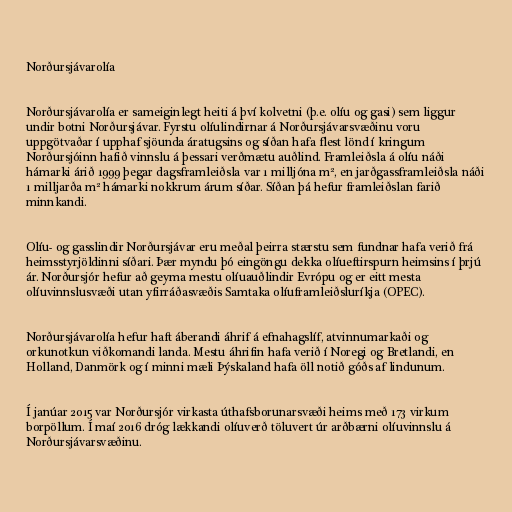
Norðursjávarolía

Norðursjávarolía er sameiginlegt heiti á því kolvetni (þ.e. olíu og gasi) sem liggur
undir botni Norðursjávar. Fyrstu olíulindirnar á Norðursjávarsvæðinu voru
uppgötvaðar í upphaf sjöunda áratugsins og síðan hafa flest lönd í kringum
Norðursjóinn hafið vinnslu á þessari verðmætu auðlind. Framleiðsla á olíu náði
hámarki árið 1999 þegar dagsframleiðsla var 1 milljóna m², en jarðgassframleiðsla náði
1 milljarða m² hámarki nokkrum árum síðar. Síðan þá hefur framleiðslan farið
minnkandi.

Olíu- og gasslindir Norðursjávar eru meðal þeirra stærstu sem fundnar hafa verið frá
heimsstyrjöldinni síðari. Þær myndu þó eingöngu dekka olíueftirspurn heimsins í þrjú
ár. Norðursjór hefur að geyma mestu olíuauðlindir Evrópu og er eitt mesta
olíuvinnslusvæði utan yfirráðasvæðis Samtaka olíuframleiðsluríkja (OPEC).

Norðursjávarolía hefur haft áberandi áhrif á efnahagslíf, atvinnumarkaði og
orkunotkun viðkomandi landa. Mestu áhrifin hafa verið í Noregi og Bretlandi, en
Holland, Danmörk og í minni mæli Þýskaland hafa öll notið góðs af lindunum.

Í janúar 2015 var Norðursjór virkasta úthafsborunarsvæði heims með 173 virkum
borpöllum. Í maí 2016 dróg lækkandi olíuverð töluvert úr arðbærni olíuvinnslu á
Norðursjávarsvæðinu.